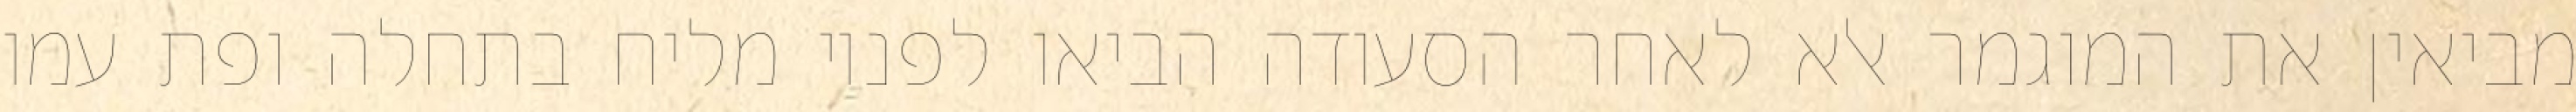
מביאין את המוגמר אלא לאחר הסעודה הביאו לפניו מליח בתחלה ופת עמו